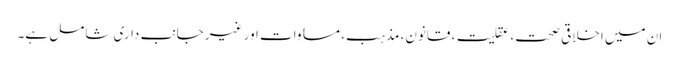
ان میں اخلاقی صحت، عقلیت، قانون، مذہب، مساوات اور غیر جانب داری شامل ہے۔